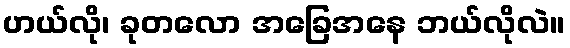
ဟယ်လို၊ ခုတလော အခြေအနေ ဘယ်လိုလဲ။